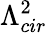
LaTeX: \Lambda_{cir}^{2}